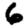
Digit: 6